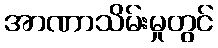
အာဏာသိမ်းမှုတွင်